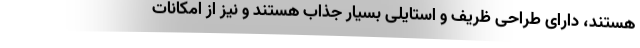
هستند، دارای طراحی ظریف و استایلی بسیار جذاب هستند و نیز از امکانات